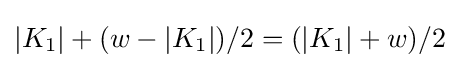
|K_{1}|+(w-|K_{1}|)/2=(|K_{1}|+w)/2